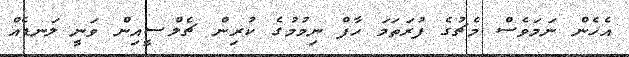
އެހެން ނަމަވެސް މެޗުގެ ފުރަތަމަ ހާފް ނިމުމުގެ ކުރިން ޗެލްސީއިން ވަނީ ލަނޑެއް